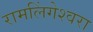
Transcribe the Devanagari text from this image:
रामलिंगेश्‍वरा